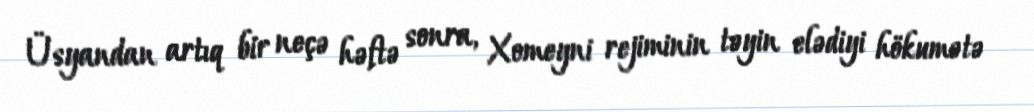
Üsyandan artıq bir neçə həftə sonra, Xomeyni rejiminin təyin elədiyi hökumətə